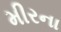
મીરના